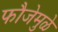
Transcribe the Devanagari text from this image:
फौजेमुळे